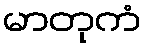
မာတုကံ